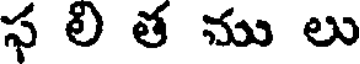
స లి త ము లు